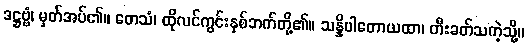
ဒဋ္ဌဗ္ဗံ၊ မှတ်အပ်၏။ တေသံ၊ ထိုလင်ကွင်းနှစ်ဘက်တို့၏။ သန္နိပါတောယထာ၊ တီးခတ်သကဲ့သို့။